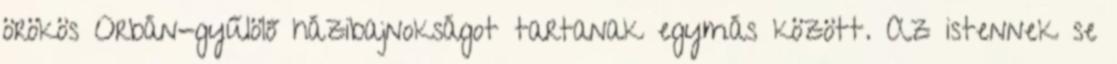
örökös Orbán-gyűlölő házibajnokságot tartanak egymás között. Az istennek se